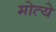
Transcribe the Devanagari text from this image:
मोत्ये